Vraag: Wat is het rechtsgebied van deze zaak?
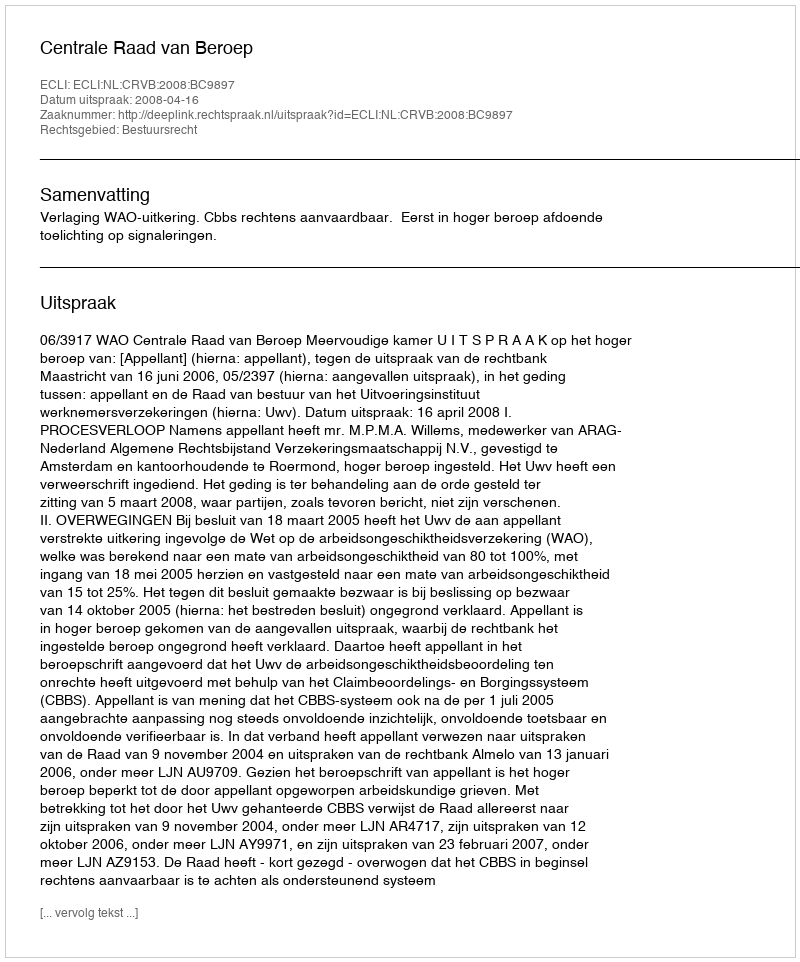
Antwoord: Bestuursrecht